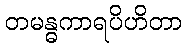
တမန္ဓကာရပိဟိတာ